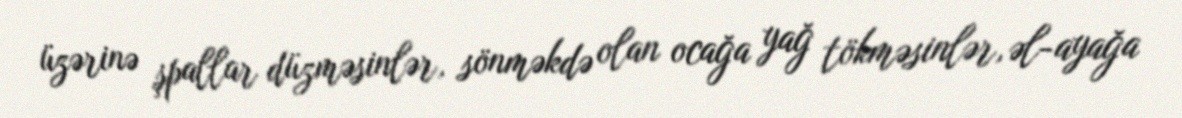
üzərinə şpallar düzməsinlər, sönməkdə olan ocağa yağ tökməsinlər, əl-ayağa